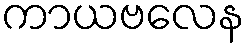
ကာယဗလေန